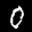
Label: 0